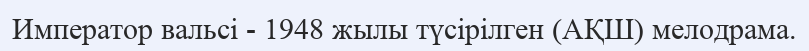
Император вальсі - 1948 жылы түсірілген (АҚШ) мелодрама.